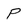
Character: P